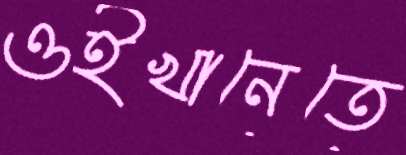
ওইখানেতে